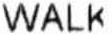
WALK